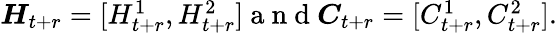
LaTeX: \begin{array}{r}{\boldsymbol H_{t+r}=[H_{t+r}^{1},H_{t+r}^{2}]\mathrm{~a~n~d~}\boldsymbol C_{t+r}=[C_{t+r}^{1},C_{t+r}^{2}].}\end{array}